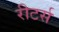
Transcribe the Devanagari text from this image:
रीटर्स